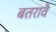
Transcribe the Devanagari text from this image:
बतरावै